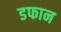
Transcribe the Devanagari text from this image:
डफान